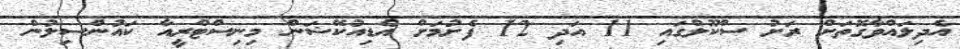
އެދިލައްވާގޮތަށް ރަށު ސްކޫލްގައި 11 އަދި 12 ފެށުމަށް އެޑިއުކޭޝަން މިނިސްޓްރީއާ ކައުންސިލުން